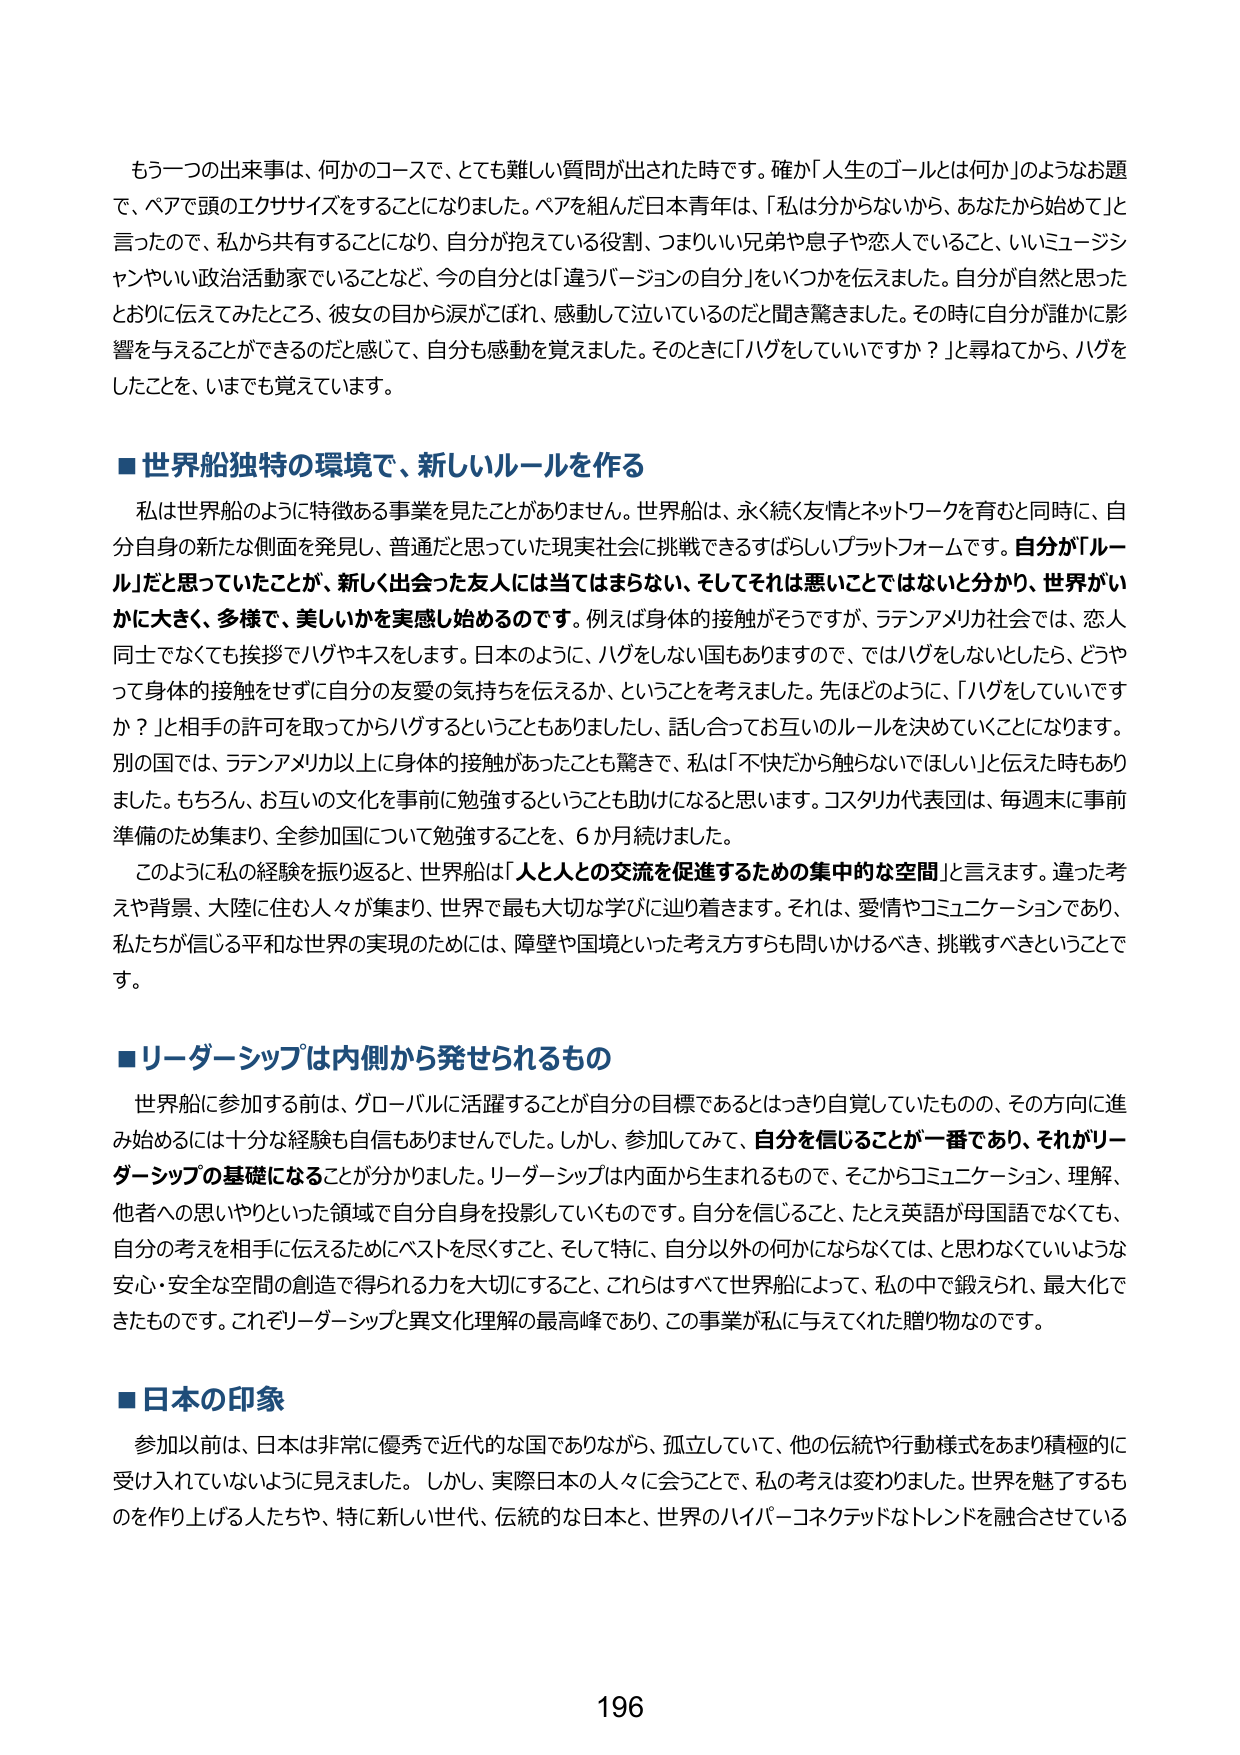
もう一つの出来事は、何かのコースで、とても難しい質問が出された時です。確か「人生のゴールとは何か」のようなお題で、ペアで頭のエクササイズをすることになりました。ペアを組んだ日本青年は、「私は分からないから、あなたから始めて」と言ったので、私から共有することになり、自分が抱えている役割、つまりいい兄弟や息子や恋人でいること、いいミュージシャンやいい政治活動家でいることなど、今の自分とは「違うバージョンの自分」をいくつかを伝えました。自分が自然と思ったとおりに伝えてみたところ、彼女の目から涙がこぼれ、感動して泣いているのだだと聞き驚きました。その時に自分が誰かに影響を与えることができるんだと感じて、自分も感動を覚えました。そのときに「ハグをしていいですか？」と尋ねてから、ハグをしたことを、いまでも覚えています。

■世界船独特の環境で、新しいルールを作る

私は世界船のように特徴ある事業を見たことがありません。世界船は、永く続く友情とネットワークを育むと同時に、自分自身の新たな側面を発見し、普通だと思っていた現実社会に挑戦できるすばらしいプラットフォームです。自分が「ルール」だと思っていたことが、新しく出会った友人には当てはまらない、そしてそれは悪いことではないと分かり、世界がいかに大きく、多様で、美しいかを実感し始めるのです。例えば身体的接触がそうですか、ラテンアメリカ社会では、恋人同士でなくても挨拶でハグやキスをします。日本のように、ハグをしない国もありますので、ではハグをしないとしたら、どうやって身体的接触をせずに自分の友愛の気持ちを伝えるか、ということを考えました。先ほどのように、「ハグをしていいですか？」と相手の許可を取ってからハグするということもありましたし、話し合ってお互いのルールを決めていくことになります。別の国では、ラテンアメリカ以上に身体的接触があったことも驚きで、私は「不快だから触らないでほしい」と伝えた時もありました。もちろん、お互いの文化を事前に勉強するということも助けになると思います。コスタリカ代表団は、毎週末に事前準備のため集まり、全参加国について勉強することを、6か月続けました。

このように私の経験を振り返ると、世界船は「人と人との交流を促進するための集中的な空間」と言えます。違った考えや背景、大陸に住む人々が集まり、世界で最も大切な学びに辿り着きます。それは、愛情やコミュニケーションであり、私たちが信じる平和な世界の実現のためには、障壁や国境といった考え方すらも問いかけるべき、挑戦すべきということです。

■リーダーシップは内側から発せられるもの

世界船に参加する前は、グローバルに活躍することが自分の目標であるとはっきり自覚していたものの、その方向に進み始めるには十分な経験も自信もありませんでした。しかし、参加してみて、自分を信じることが一番であり、それがリーダーシップの基礎になることが分かりました。リーダーシップは内面から生まれるもので、そこからコミュニケーション、理解、他者への思いやりといった領域で自分自身を投影していくものです。自分を信じること、たとえ英語が母国語でなくても、自分の考えを相手に伝えるためにベストを尽くすこと、そして特に、自分以外の何かにならなくては、と思わなくていような安心・安全な空間の創造で得られる力を大切にすること、これらはすべて世界船によって、私の中で鍛えられ、最大化できたものです。これぞリーダーシップと異文化理解の最高峰であり、この事業が私に与えてくれた贈り物なのです。

■日本の印象

参加以前は、日本は非常に優秀で近代的な国でありながら、孤立していて、他の伝統や行動様式をあまり積極的に受け入れていないように見えました。しかし、実際日本人の人々に会うことで、私の考えは変わりました。世界を魅了するものを作り上げる人たちや、特に新しい世代、伝統的な日本と、世界のハイパーコネクテッドなトレンドを融合させている

196